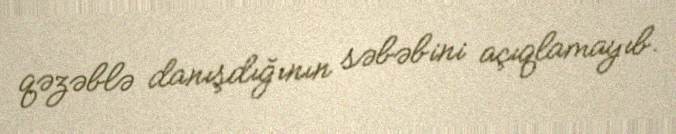
qəzəblə danışdığının səbəbini açıqlamayıb.